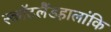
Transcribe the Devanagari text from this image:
स्कॉटलैंडहालांकि